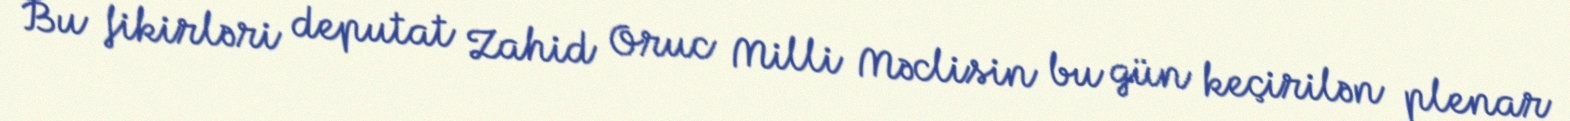
Bu fikirləri deputat Zahid Oruc Milli Məclisin bu gün keçirilən plenar